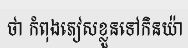
ថា កំពុងភៀសខ្លួនទៅកិនយ៉ា